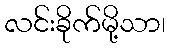
လင်းခိုက်မို့သာ၊